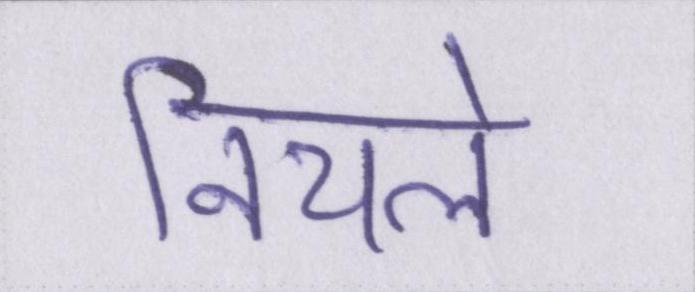
निचले